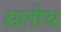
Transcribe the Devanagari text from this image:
सलोथ